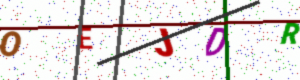
Text: OEJDR